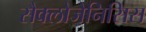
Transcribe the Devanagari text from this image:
सैक्लोजेनिसिस